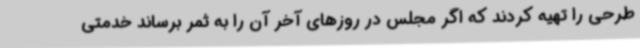
طرحی را تهیه کردند که اگر مجلس در روزهای آخر آن را به ثمر برساند خدمتی